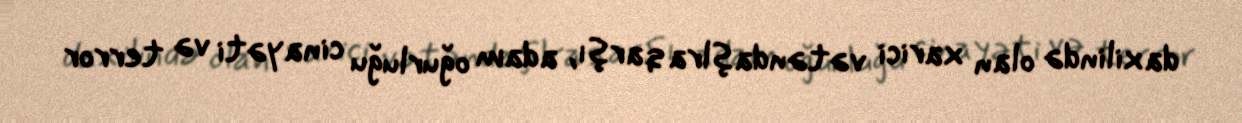
daxilində olan xarici vətəndaşlra qarşı, adam oğurluğu cinayəti və terror